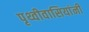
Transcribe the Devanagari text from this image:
पृथ्वीवासियांनी